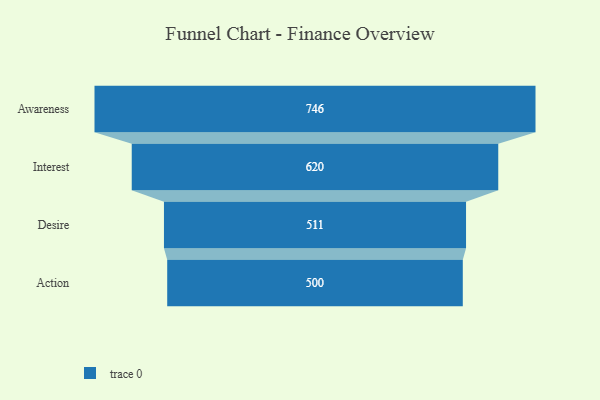
{"axis": {"x": "Stage", "y": "Value"}, "legend": [""], "data": [{"x": "Awareness", "y": 746.0, "type": ""}, {"x": "Interest", "y": 620.0, "type": ""}, {"x": "Desire", "y": 511.0, "type": ""}, {"x": "Action", "y": 500, "type": ""}]}